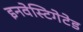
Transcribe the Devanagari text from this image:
इनवेस्टिगेटेड